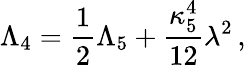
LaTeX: \Lambda_{4}={\frac{1}{2}}\Lambda_{5}+{\frac{\kappa_{5}^{4}}{12}}\lambda^{2}\, ,